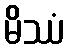
မိဿံ